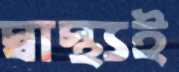
স্বাস্থ্যই